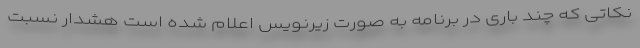
نکاتی که چند باری در برنامه به صورت زیرنویس اعلام شده است هشدار نسبت